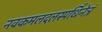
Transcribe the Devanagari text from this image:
नवकमलदलस्पर्धिनेत्रं